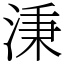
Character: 𣶸